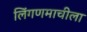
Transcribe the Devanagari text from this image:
लिंगणमाचीला